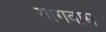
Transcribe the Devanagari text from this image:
गांगवास